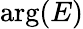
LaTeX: \mathrm{arg}(E)